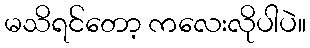
မသိရင်တော့ ကလေးလိုပါပဲ။